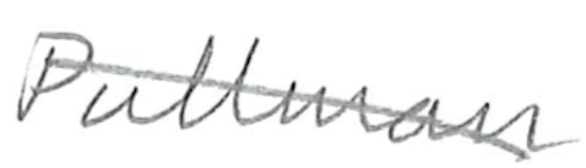
Text: Pullman
Cross-out: diagonal
Writing tool: pencil